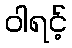
ဝါရင့်